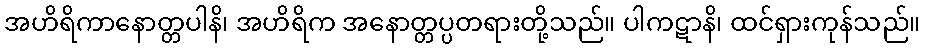
အဟိရိကာနောတ္တပါနိ၊ အဟိရိက အနောတ္တပ္ပတရားတို့သည်။ ပါကဋာနိ၊ ထင်ရှားကုန်သည်။